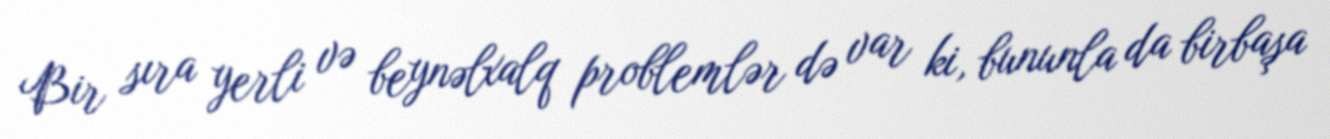
Bir sıra yerli və beynəlxalq problemlər də var ki, bununla da birbaşa